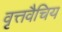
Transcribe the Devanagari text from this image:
वृत्तवैचिय